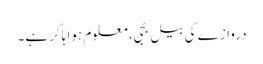
دروازے کی بیل بجی، معلوم ہوا ہاکر ہے۔